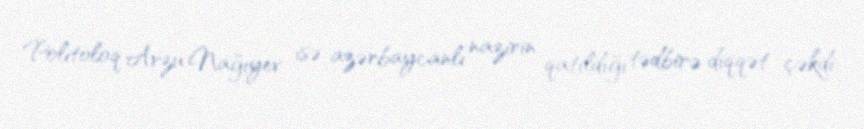
Politoloq Arzu Nağıyev isə azərbaycanlı nazirin qatıldığı tədbirə diqqət çəkdi: